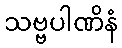
သဗ္ဗပါဏိနံ